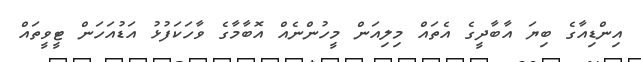
އިންޑިއާގެ ބިޔަ އާބާދީގެ އެތައް މިލިއަން މީހުންނެއް އޮބާމާގެ ވާހަކަފުޅު އަޑުއަހަން ޓީވީތައް